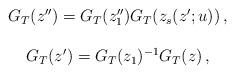
LaTeX: \begin{align*}\begin{array}{c}G_{T}(z^{\prime\prime})=G_{T}(z^{\prime\prime}_{1})G_{T}(z_{s}(z^{\prime};u))\,,\\{}\\G_{T}(z^{\prime})=G_{T}(z_{1})^{-1}G_{T}(z)\,,\end{array}\end{align*}